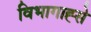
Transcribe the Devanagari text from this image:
विभागाह्से